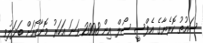
ސައުތު ކޮރެޔާގެ އެފްސީ ސޯލް އިން 2008 ވަނަ އަހަރު މޮނާކޯއަށް ބަދަލުވި